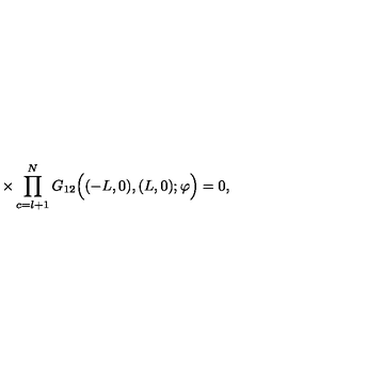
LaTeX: \times \prod _ { c = l + 1 } ^ { N } G _ { 1 2 } \Big ( ( - L , 0 ) , ( L , 0 ) ; \varphi \Big ) = 0 ,